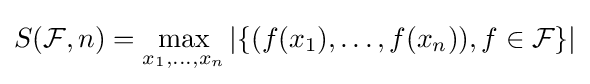
S({\mathcal {F}},n)=\max _{x_{1},\ldots ,x_{n}}|\{(f(x_{1}),\ldots ,f(x_{n})),f\in {\mathcal {F}}\}|